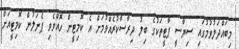
މިބައްދަލުވުމުގައި ސިޔާސީ ޕާޓީތަކުގެ ބިލު ދިރާސާކުރެއްވުމަށް އެ ކޮމިޓީން ހޮއްވެވި ޕެނަލުން ކޮމިޓީއަށް